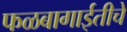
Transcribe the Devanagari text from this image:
फळबागाईतीचे